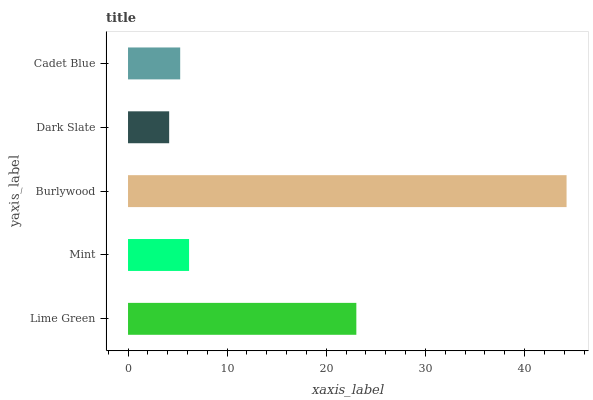
| yaxis_label | bars |
 | --- | --- |
 | Lime Green | 23 |
 | Mint | 6.16 |
 | Burlywood | 44.2 |
 | Dark Slate | 4.15 |
 | Cadet Blue | 5.26 |